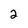
Character: 2